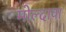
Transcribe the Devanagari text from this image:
मोल्दावा